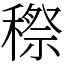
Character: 穄